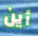
أين